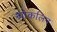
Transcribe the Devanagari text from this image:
थ्रोकलिन